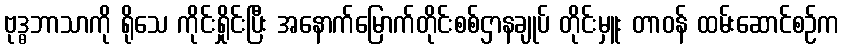
ဗုဒ္ဓဘာသာကို ရိုသေ ကိုင်းရှိုင်းပြီး အနောက်မြောက်တိုင်းစစ်ဌာနချုပ် တိုင်းမှူး တာဝန် ထမ်းဆောင်စဉ်က